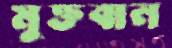
মুক্তবান